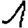
Digit: 1